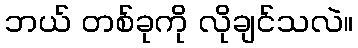
ဘယ် တစ်ခုကို လိုချင်သလဲ။